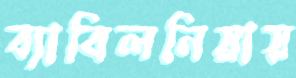
ব্যাবিলনিয়ায়